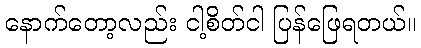
နောက်တော့လည်း ငါ့စိတ်ငါ ပြန်ဖြေရတယ်။